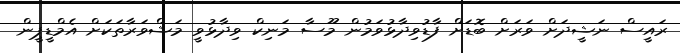
ރައީސް ނަޝީދަށް ވަރަށް ބޮޑަށް ފާޑުވިދާޅުވަމުން މޫސާ މަނިކް ވިދާޅުވީ މަޝްވަރާތަކަށް އެމްޑީޕީން